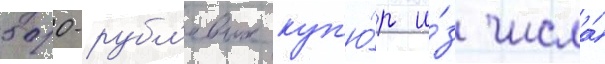
500-рубл'евых куп'ю́р и́з числа́